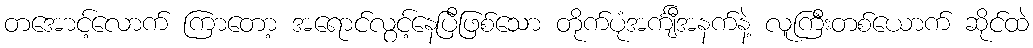
တအောင့်လောက် ကြာတော့ အရောင်လွင့်နေပြီဖြစ်သော တိုက်ပုံအင်္ကျီအနက်နဲ့ လူကြီးတစ်ယောက် ဆိုင်ထဲ